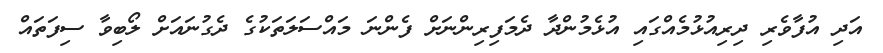
އަދި އުފާވެރި ދިރިއުޅުމެއްގައި އުޅެމުންދާ ދެމަފިރިންނަށް ފެންނަ މައްސަލަތަކުގެ ދެގުނައަށް ލޯބިވާ ސިފަތައް